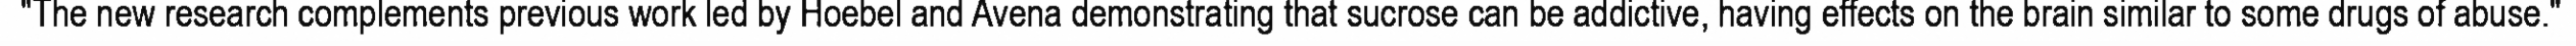
"The new research complements previous work led by Hoebel and Avena demonstrating that sucrose can be addictive, having effects on the brain similar to some drugs of abuse."